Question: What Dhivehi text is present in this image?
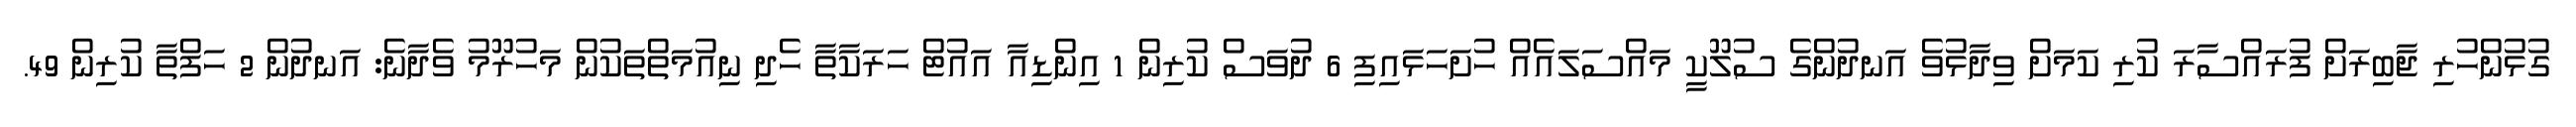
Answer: ގުޅުންހުރި ޖާބިރަށް ފުރައްސާރަ ކުރި ކަމަށް ވިދާޅުވެ އަނދުންގެ ސުލޫކީ މައްސަލައެއް ހުށަހަޅައިފި 6 ދުވަސް ކުރިން 1 އިންޑިއާ އައުޓް ހަރަކާތާ ހެދި ނިއުމަތްތަކުން މަހުރޫމު ވެދާނެ: އަނދުން 2 ހަފްތާ ކުރިން 49.